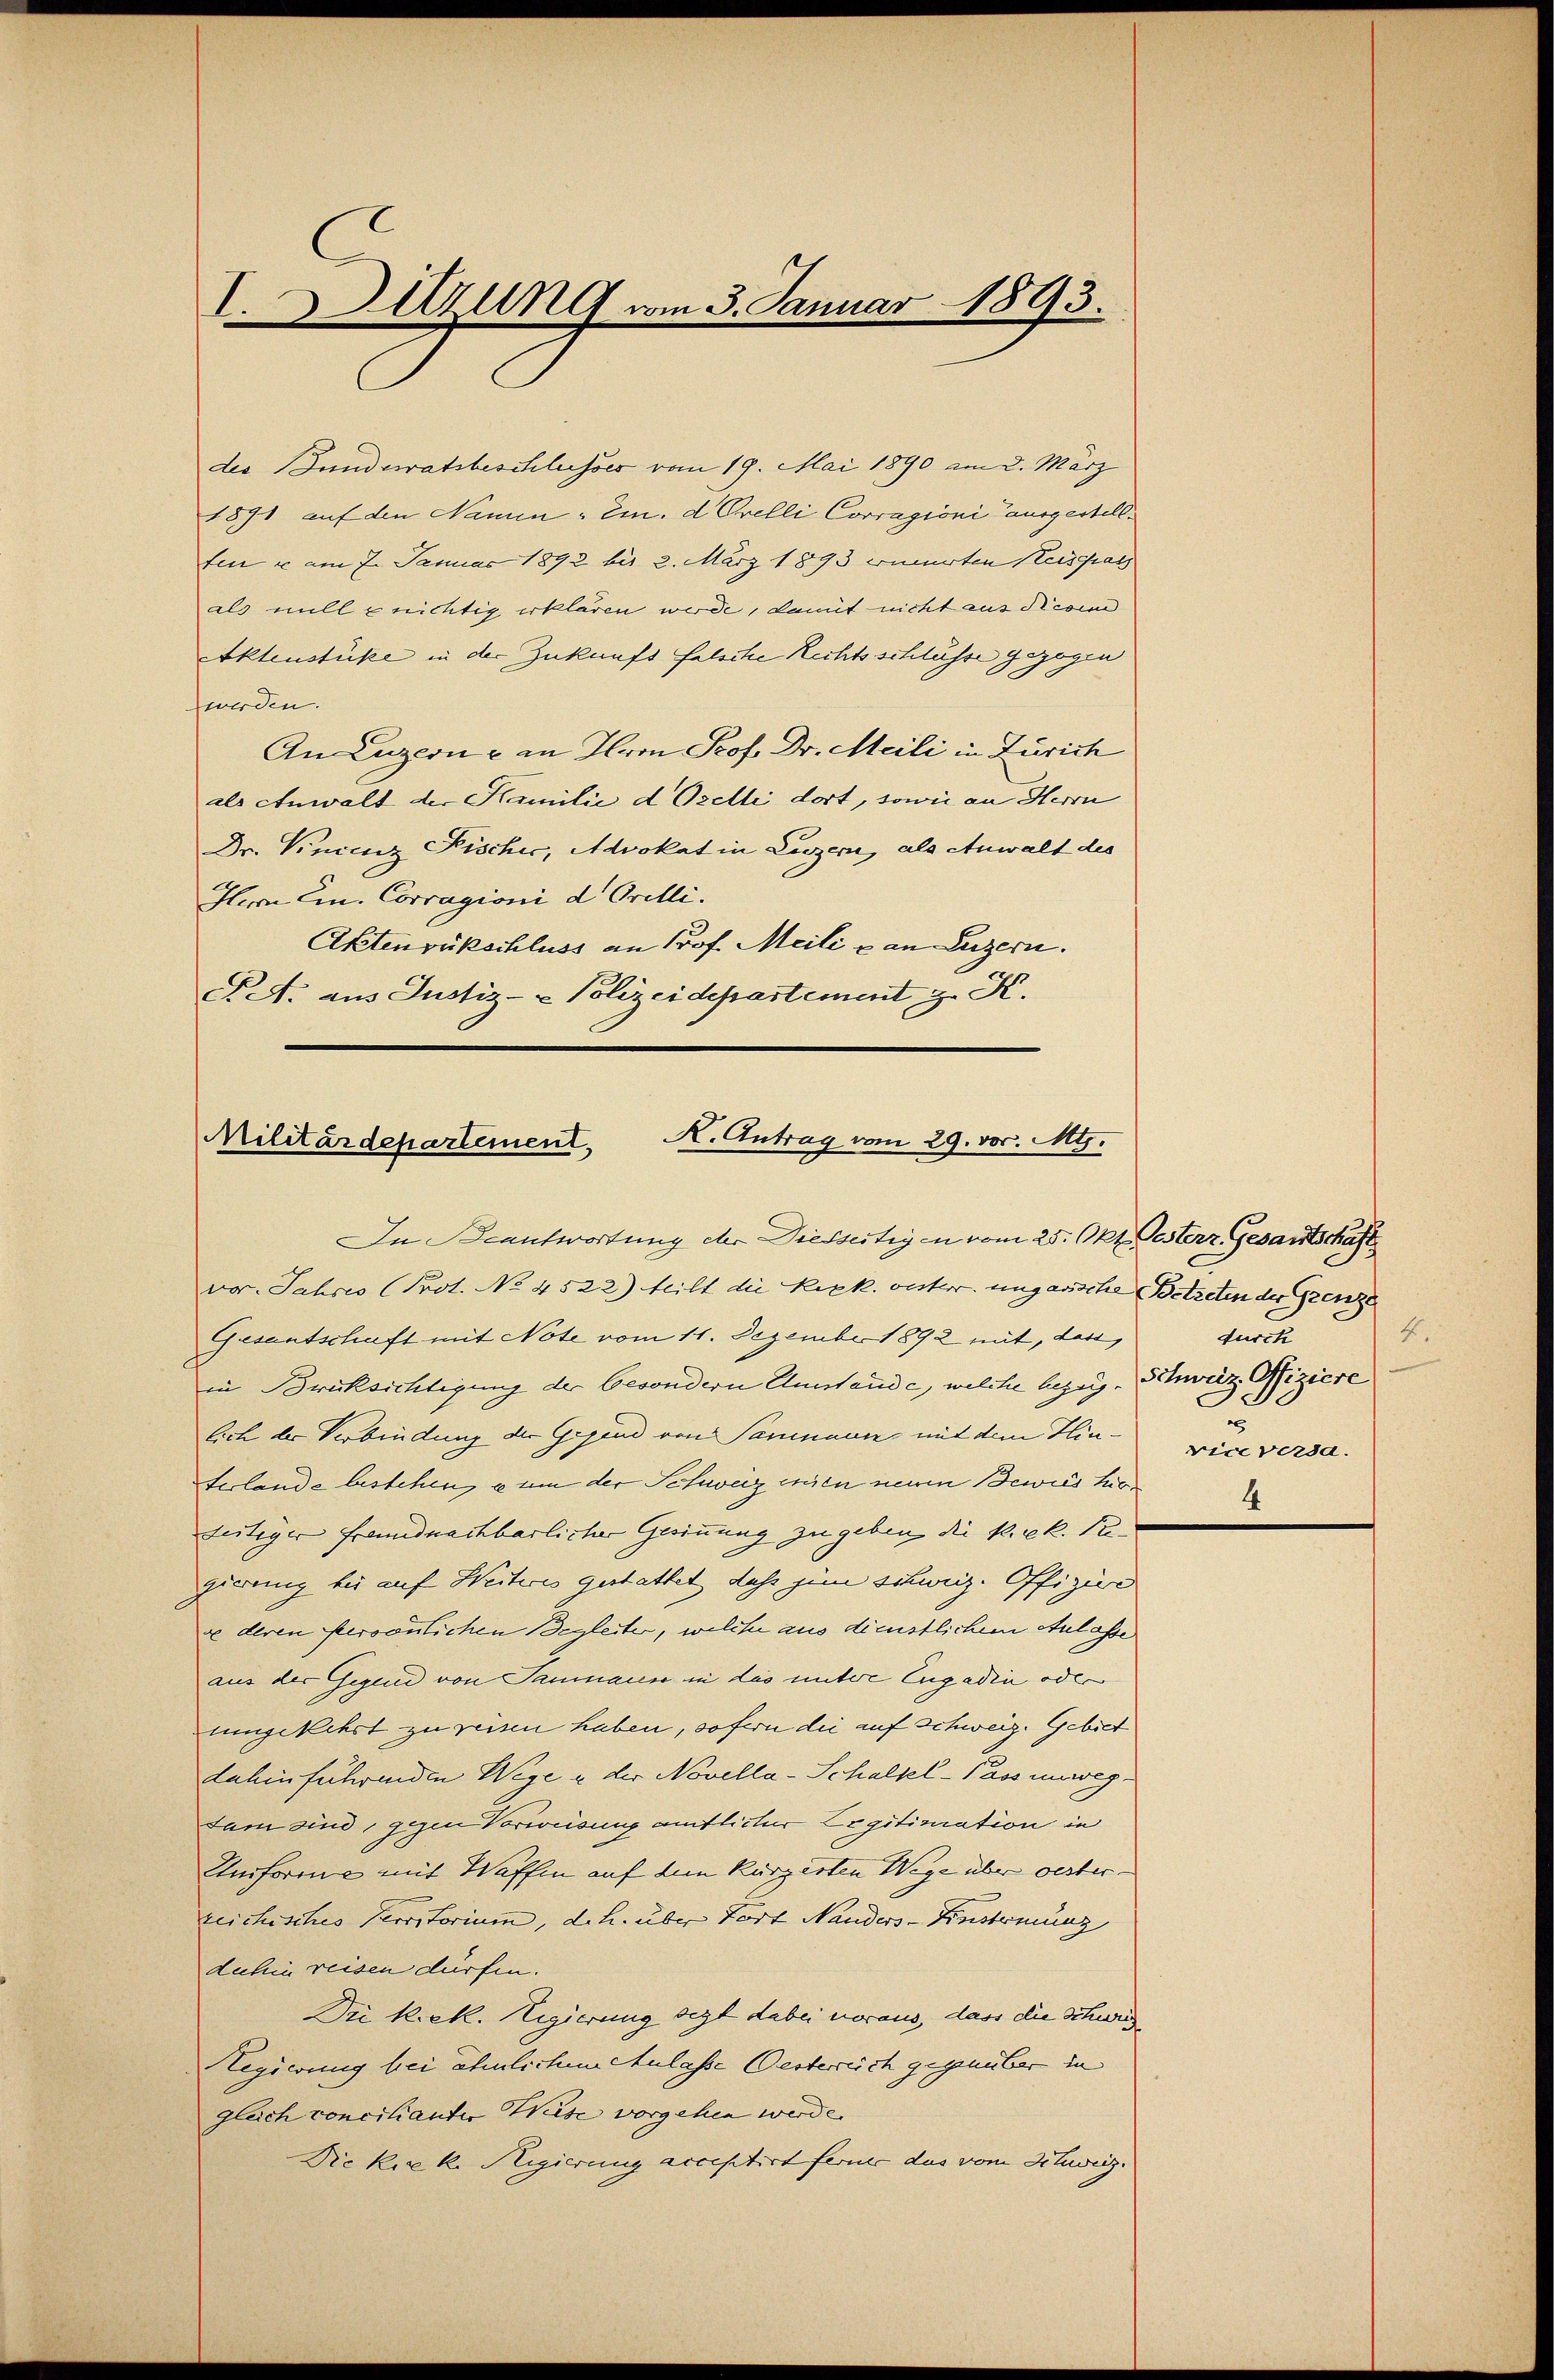
I. Sitzung vom 3. Januar 1893.

der Bunderatsbeschlusses vom 19. Mai 1890 am 2. März
1891 auf den Namen - ein. d. Orelli Corragioni ausgestellten u. am 7. Januar 1892 bis 2. März 1893 einerten Heisgass
als mill nichtig erklären werde, damit nicht aus diesen
Aktenstücke in der Zukunft falsche Rechtsschlüsse gezogen
werden.
An Luzern & an Hrrn Prof. Dr. Meili in Zürich
als Anwalt der Familie d Orelli dort, sowie an Herrn
Dr. Vincenz Fischic, Advokat in Luzern, als Anwalt des
Herr Emn. Corragioni d. Orelli.
Aktenrückschluss an Prof. Meile & an Luzern.
A. aus Justiz- & Polizeidepartement z. K.

K. Antrag vom 29. vor. Mts.
Militärdepartement,

In Beantwortung der Diesseitigen vom 25. Okt. Gesterz. Gesantschäft
vor. Jahres (Prot. No. 4522) heilt die Rezk. oester. ungarische Betreten der Grenze
Gesantschaft mit Note vom 11. Dezember 1892 mit, dass,
in Brücksichtigung der besondern Umstande, welche bezug, Schweiz Ofiziere
lich der Verbindung der Gesind von Samnaun, mit dem Hinterlande bestehen, a um der Schweiz ein neuen Bewies tuo
feitiger freundnachbarlicher Gesinnung zu geben die k. k. Pregierung bei auf Weiteres gestattet dass zum schweiz. Offiziere
de deren Persönlichen Begleiter, welche aus dienstlichem Anlasse
aus der Gegend von Taumann in das untere Engadin oder
umgekehrt zu reisen haben, sofern die auf Schweiz. Gebiet
dahinführenden Wege u der Novella-Schalpel-Pass unweg
tam sind, gegen Vorweisung amtlicher Legitimation in
Unforme mit Waffen auf dem Kurzerten Wege über oester.
reichisches Perritorium, d.h. über Fort Nanders-Finstimung
dahin reisen dürfen.
Die Rek. Regierung sezt dabei voraus, dass die Schweig¬
Regierung bei ähnlichen Anlasse Oesterreich gegenüber in
gleich concilianter Weise vorgehen werde.
Die Kerke Regierung acceptirt ferner das vom Schweiz.

4.
wurde
2
viceversa

4